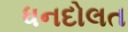
ધનદોલત